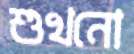
শুখনো